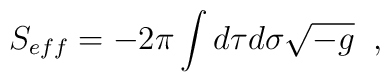
S_{eff}=-2\pi\int d\tau d\sigma \sqrt{-g} \;\;,